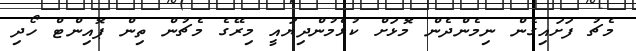
މެޗު ފަށައިގެން ނިމެންދެން މޮޅަށް ކުޅެމުންދިޔައީ މިރޭގެ މެޗުން ތިން ޕޮއިންޓް ހޯދި